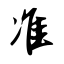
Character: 准